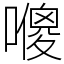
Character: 𠿬